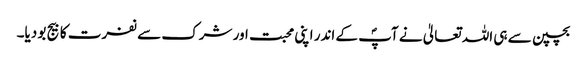
بچپن سے ہی اللہ تعالیٰ نے آپؐ کے اندر اپنی محبت اور شرک سے نفرت کا بیج بو دیا۔